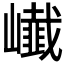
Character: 𭗨